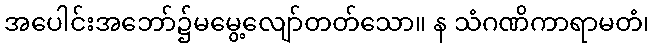
အပေါင်းအဘော်၌မမွေ့လျော်တတ်သော။ န သံဂဏိကာရာမတံ၊